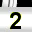
Digit: 2